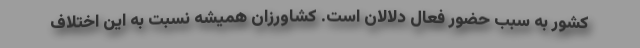
کشور به سبب حضور فعال دلالان است. کشاورزان همیشه نسبت به این اختلاف